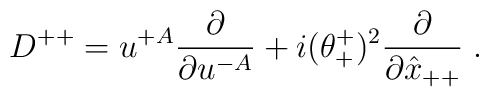
D^{++} = u^{+A}{\partial\over\partial u^{-A}} + i(\theta^+_+)^2{\partial\over\partial\hat x_{++}}\; .